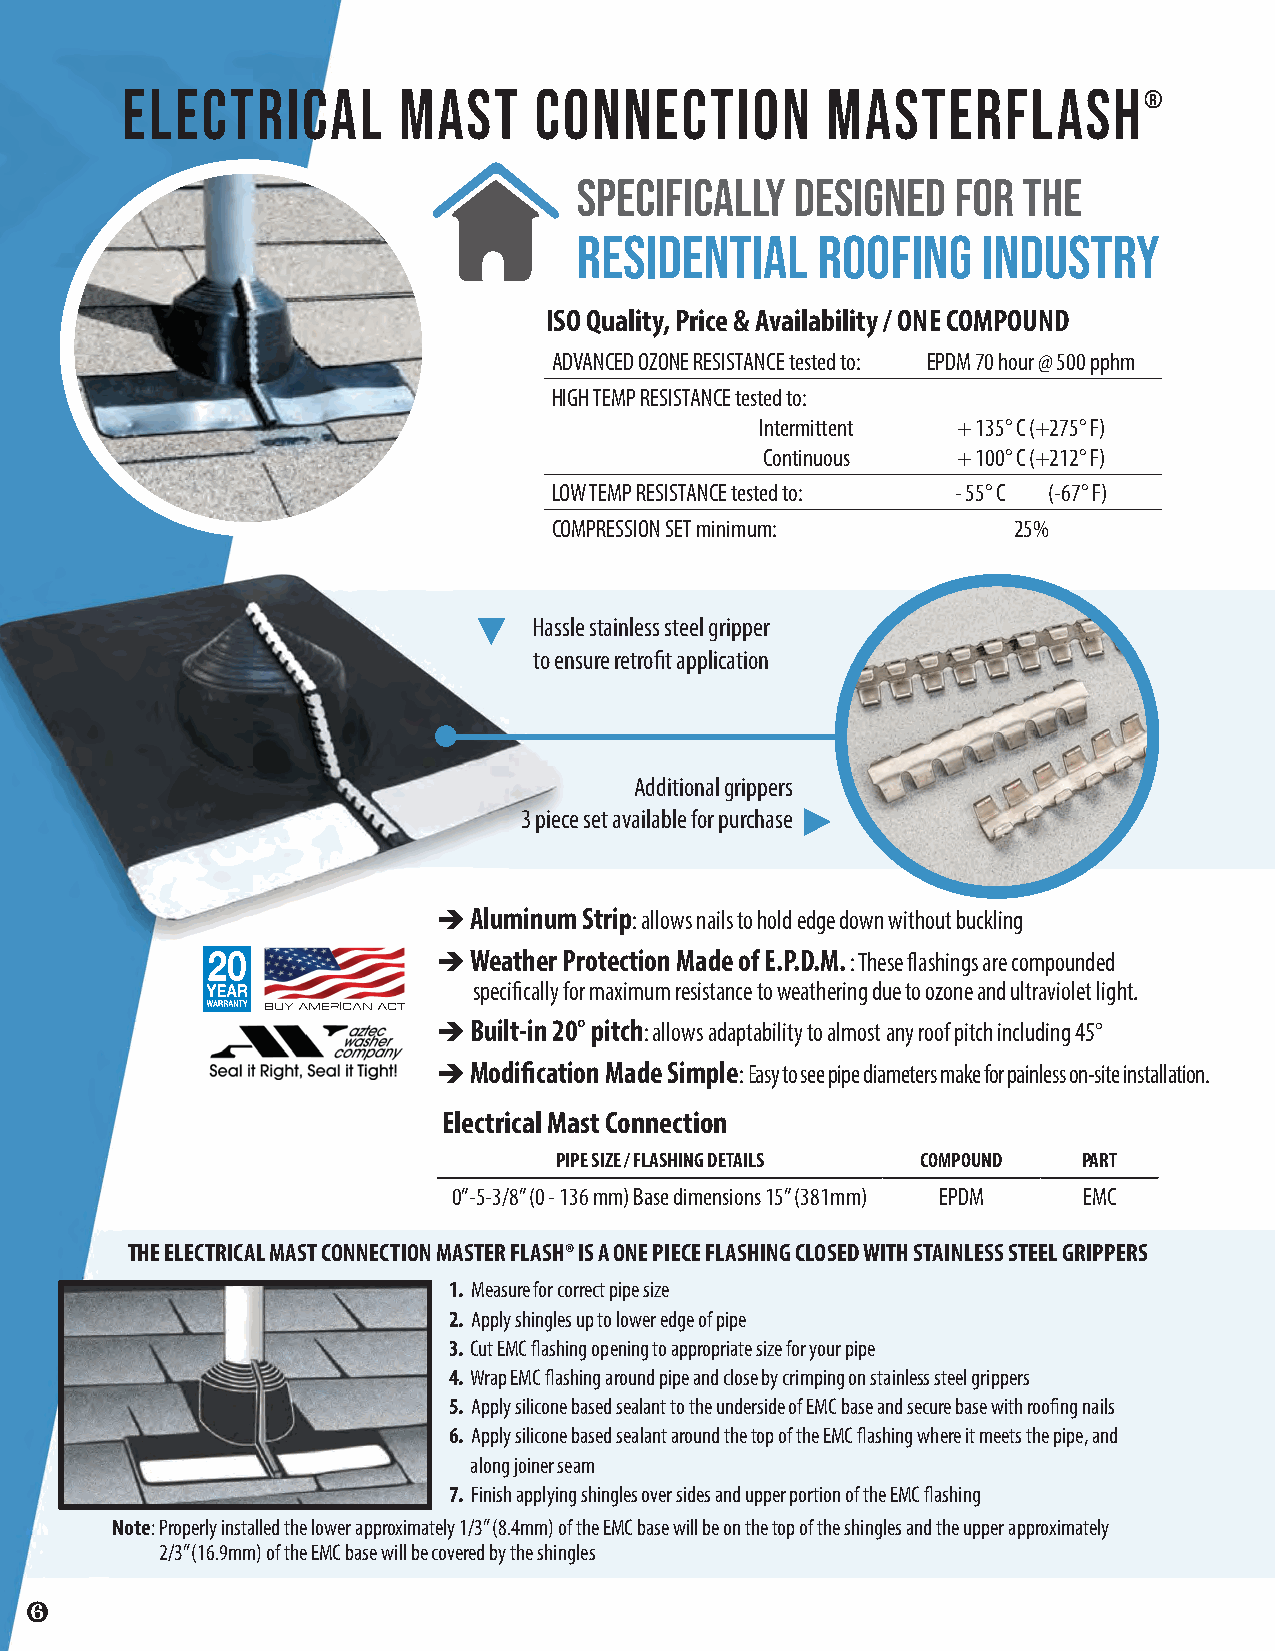
ELECTRICAL        MAST     CONNECTION          MASTERFLASH®
 Specifically   Designed  for  the
 Residential     Roofing    Industry
 ISO Quality, Price & Availability / ONE COMPOUND
 ADVANCED OZONE RESISTANCE tested to: EPDM 70 hour @ 500 pphm
 HIGH TEMP RESISTANCE tested to:
 Intermittent + 135° C (+275° F)
 Continuous  + 100° C (+212° F)
 LOW TEMP RESISTANCE tested to: - 55° C (-67° F)
 COMPRESSION SET minimum:      25%
 Hassle stainless steel gripper
 to ensure retrofit application
 Additional grippers
 3 piece set available for purchase
  Aluminum Strip: allows nails to hold edge down without buckling
  Weather Protection Made of E.P.D.M. : These flashings are compounded
 specifically for maximum resistance to weathering due to ozone and ultraviolet light.
  Built-in 20° pitch: allows adaptability to almost any roof pitch including 45°
  Modification Made Simple: Easy to see pipe diameters make for painless on-site installation.
 Electrical Mast Connection
 PIPE SIZE / FLASHING DETAILS COMPOUND PART
 0”-5-3/8” (0 - 136 mm) Base dimensions 15” (381mm) EPDM EMC
 THE ELECTRICAL MAST CONNECTION MASTER FLASH® IS A ONE PIECE FLASHING CLOSED WITH STAINLESS STEEL GRIPPERS
 1. Measure for correct pipe size
 2. Apply shingles up to lower edge of pipe
 3. Cut EMC flashing opening to appropriate size for your pipe
 4. Wrap EMC flashing around pipe and close by crimping on stainless steel grippers
 5. Apply silicone based sealant to the underside of EMC base and secure base with roofing nails
 6. Apply silicone based sealant around the top of the EMC flashing where it meets the pipe, and
 along joiner seam
 7. Finish applying shingles over sides and upper portion of the EMC flashing
 Note: Properly installed the lower approximately 1/3” (8.4mm) of the EMC base will be on the top of the shingles and the upper approximately
 2/3” (16.9mm) of the EMC base will be covered by the shingles
 ❻